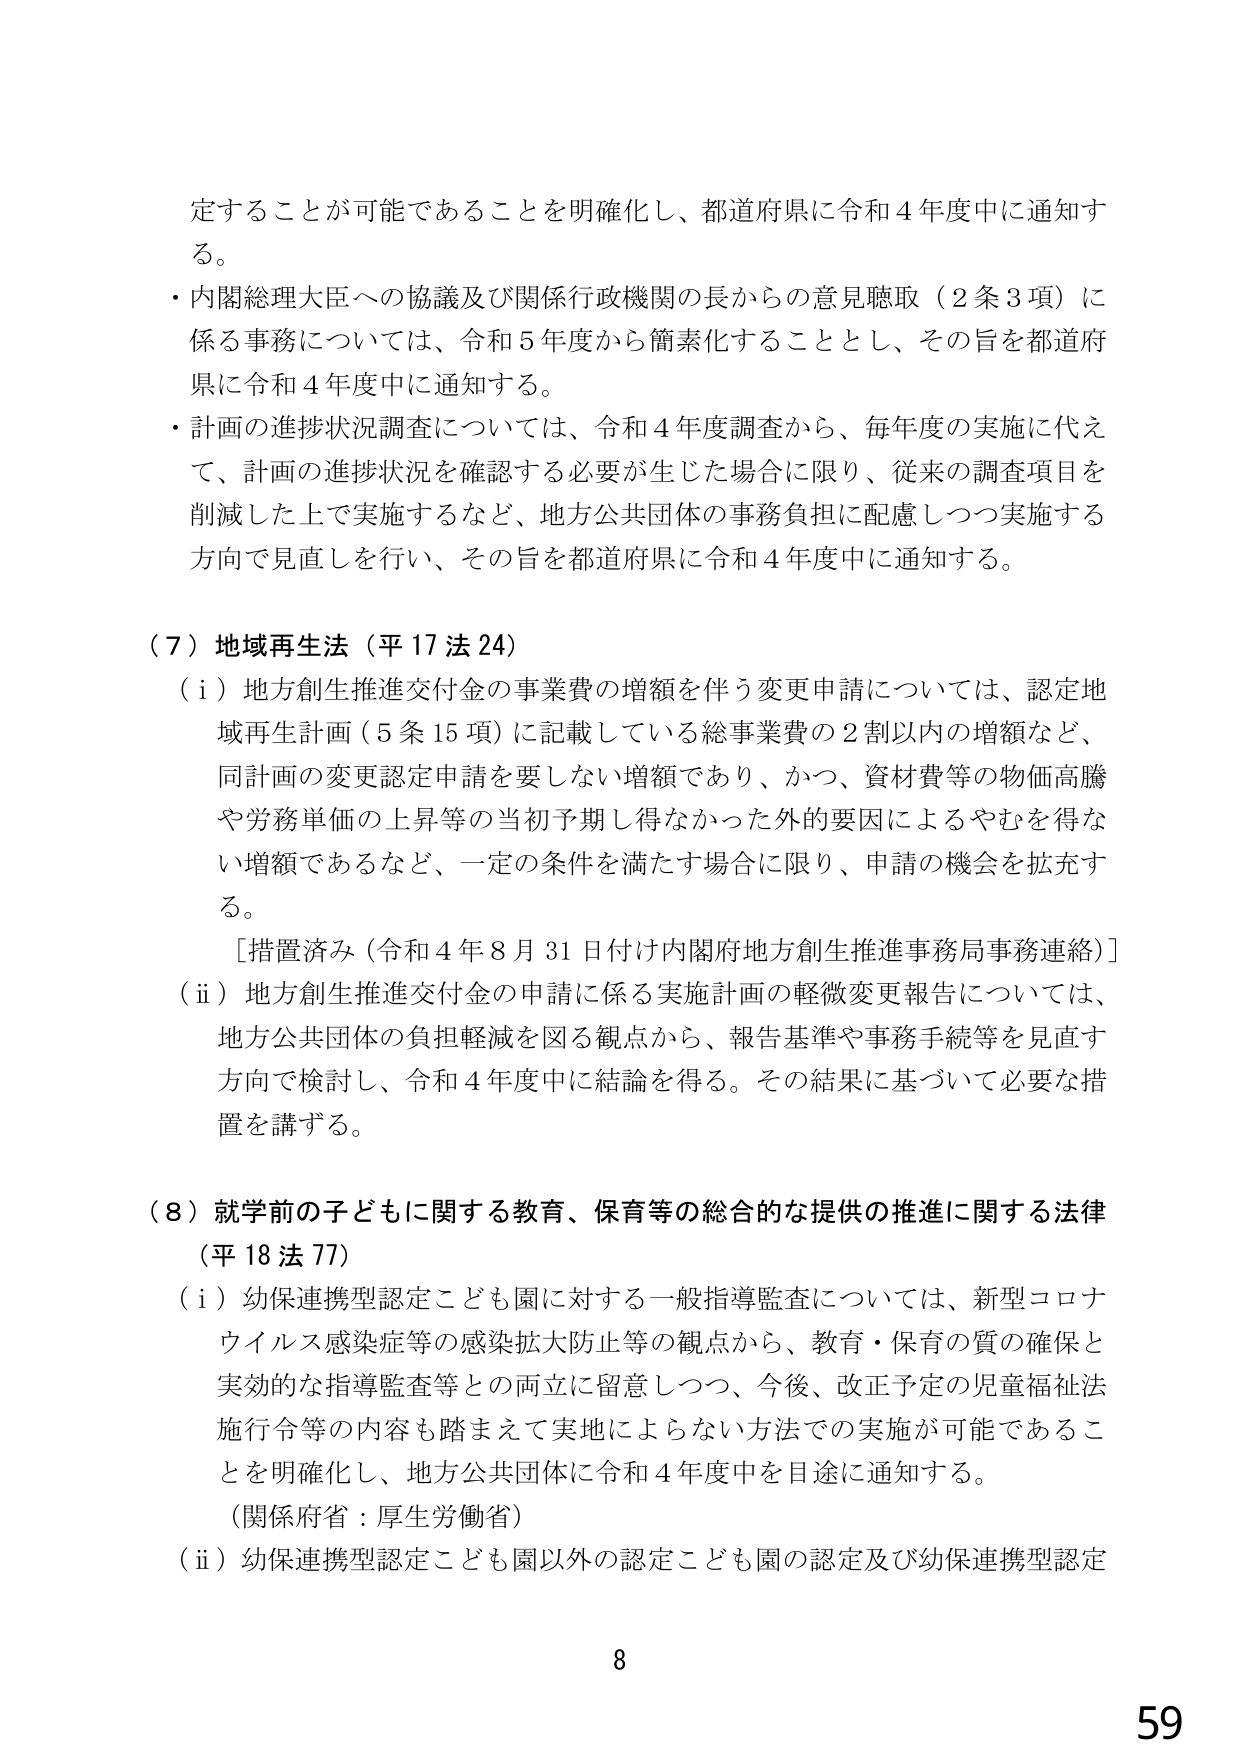
定することが可能であることを明確化し、都道府県に令和４年度中に通知する。

・内閣総理大臣への協議及び関係行政機関の長からの意見聴取（２条３項）に係る事務については、令和５年度から簡素化することとし、その旨を都道府県に令和４年度中に通知する。

・計画の進捗状況調査については、令和４年度調査から、毎年度の実施に代えて、計画の進捗状況を確認する必要が生じた場合に限り、従来の調査項目を削減した上で実施するなど、地方公共団体の事務負担に配慮しつつ実施する方向で見直しを行い、その旨を都道府県に令和４年度中に通知する。

（７）地域再生法（平17法24）

（ⅰ）地方創生推進交付金の事業費の増額を伴う変更申請については、認定地域再生計画（５条15項）に記載している総事業費の２割以内の増額など、同計画の変更認定申請を要しない増額であり、かつ、資材費等の物価高騰や労務単価の上昇等の当初予期し得なかった外的要因によるやむを得ない増額であるなど、一定の条件を満たす場合に限り、申請の機会を拡充する。

［措置済み（令和４年８月31日付け内閣府地方創生推進事務局事務連絡）］

（ⅱ）地方創生推進交付金の申請に係る実施計画の軽微変更報告については、地方公共団体の負担軽減を図る観点から、報告基準や事務手続等を見直す方向で検討し、令和４年度中に結論を得る。その結果に基づいて必要な措置を講ずる。

（８）就学前の子どもに関する教育、保育等の総合的な提供の推進に関する法律（平18法77）

（ⅰ）幼保連携型認定こども園に対する一般指導監査については、新型コロナウイルス感染症等の感染拡大防止等の観点から、教育・保育の質の確保と実効的な指導監査等との両立に留意しつつ、今後、改正予定の児童福祉法施行令等の内容も踏まえて実地によらない方法での実施が可能であることを明確化し、地方公共団体に令和４年度中を目途に通知する。

（関係府省：厚生労働省）

（ⅱ）幼保連携型認定こども園以外の認定こども園の認定及び幼保連携型認定

8
59